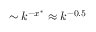
\sim k ^ { - x ^ { * } } \approx k ^ { - 0 . 5 }